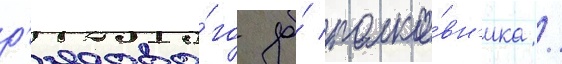
р'ядово́го до́ полко́вн'ика /